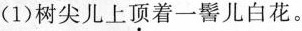
(1)树尖儿上顶着一髻儿白花。